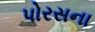
પોરસના